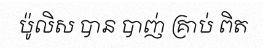
ប៉ូលិស បាន បាញ់ គ្រាប់ ពិត